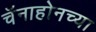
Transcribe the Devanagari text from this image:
चॅनाहोनच्या